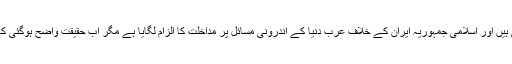
آج تک عرب حکام نے دعوی کیا کہ فلسطینی بھائیوں کے حامی ہیں اور اسلامی جمہوریہ ایران کے خلاف عرب دنیا کے اندرونی مسائل پر مداخلت کا الزام لگایا ہے مگر اب حقیقت واضح ہوگئی کہ وہ ڈونلڈ ٹرمپ کی پیروی کے لئے قطار میں کھڑے رہے ہیں۔